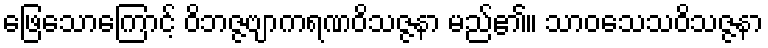
ဖြေသောကြောင့် ဝိဘဇ္ဇဗျာကရဏဝိသဇ္ဇနာ မည်၏။ သာဝသေသဝိသဇ္ဇနာ